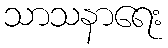
သာသနာရေး